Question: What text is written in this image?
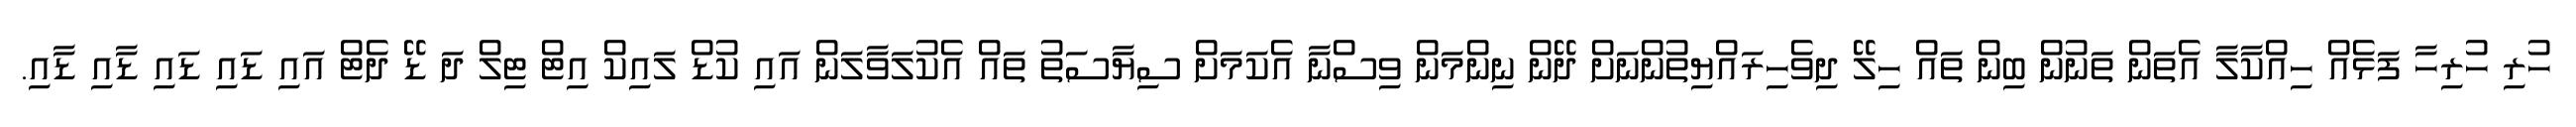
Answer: ހުރި ހުރިހާ ފަޅެއް ހިއްކާލާ އެތަން ތަނުން ބިން ތައް ހިލޭ ދިވެހިރައްޔިތުންނަށް ދޭން ނިންމަން ވިސްނާ އެކަމަށް ސިޔާސަތު ތައް އެކުލަވާލަން އައި ކުޑް ލައިކް އިޓް ޓިލް ދަ ޑޭ ދެޓް އައި ޑައި ޑައި ޑާއި ޑާއި.